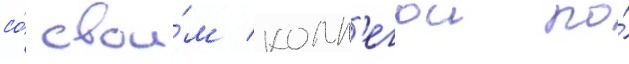
со́ свои́м колл'егои по́